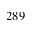
2 8 9